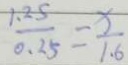
\frac { 1 . 2 5 } { 0 . 2 5 } = \frac { x } { 1 . 6 }